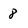
Character: 8